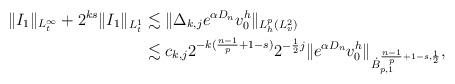
LaTeX: \begin{align*}\| I_1\|_{L^\infty_t}+2^{ks}\| I_1\|_{L^1_t}&\lesssim \|{\Delta}_{k,j}e^{\alpha D_n }v_0^h\|_{L_h^p(L_v^2)}\\&\lesssim c_{k,j}2^{-k(\frac{n-1}{p}+1-s)}2^{-\frac{1}{2}j}\|e^{\alpha D_n }v_0^h\|_{\dot{B}_{p,1}^{\frac{n-1}{p}+1-s,\frac{1}{2}}},\end{align*}